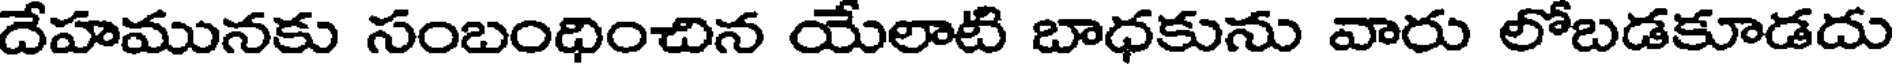
దేహమునకు సంబంధించిన యేలాటి బాధకును వారు లోబడకూడదు